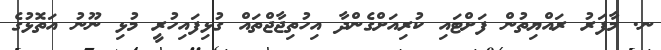
ނ. މާފަރު ރައްޔިތުން ފަށްޓައި ކުރިއަށްގެންދާ އިހުތިޖާޖްތައް ގުޅިފައިހުރީ މުޅި ނޫނު އަތޮޅުގެ